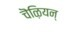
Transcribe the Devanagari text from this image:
चॆऴियन्